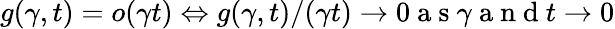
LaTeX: g(\gamma,t)=o(\gamma t)\Leftrightarrow g(\gamma,t)/(\gamma t)\rightarrow 0\mathrm{~a~s~}\gamma\mathrm{~a~n~d~}t\rightarrow 0